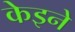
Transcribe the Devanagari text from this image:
केइने